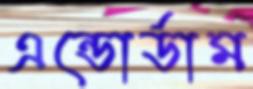
এন্ডোর্ডাম